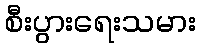
စီးပွားရေးသမား